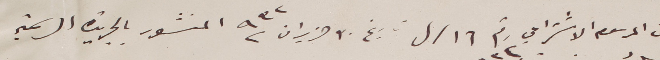
من المرسوم الاشتراعي رقم ١٦ /ل تاريخ ٣٠ حزيران ٩٣٢ المنشور بالجريدة الرسمية